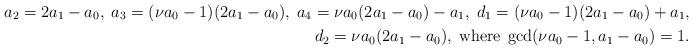
LaTeX: \begin{align*}a_2=2a_1-a_0,\; a_3=(\nu a_0-1)(2a_1-a_0), \; a_4=\nu a_0 (2a_1-a_0)-a_1,\; d_1=(\nu a_0-1)(2a_1-a_0)+a_1,\\d_2=\nu a_0 (2a_1-a_0),\; \mbox{where}\; \gcd(\nu a_0-1,a_1-a_0)=1.\end{align*}